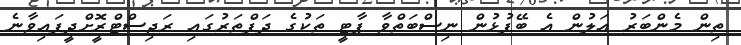
ތިން މެންބަރު އަލުން އެ ބޭފުޅުން ނިސްބަތްވާ ޕާޓީ ތަކުގެ ދަފްތަރުގައި ރަޖިސްޓްރީޮށްދީފައިވާނެ